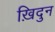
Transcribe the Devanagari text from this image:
ख़िदुन